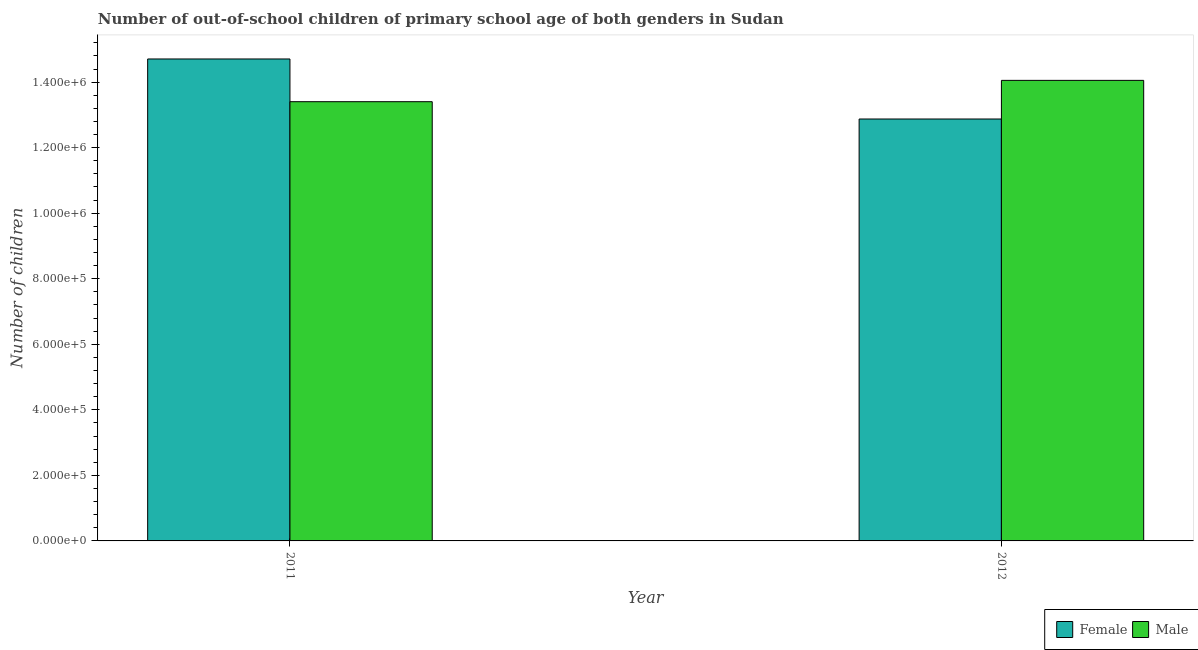
| Year | Female | Male |
 | --- | --- | --- |
 | 2011 | 1.47e+06 | 1.34e+06 |
 | 2012 | 1.29e+06 | 1.41e+06 |